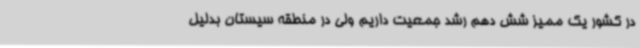
در کشور یک ممیز شش دهم رشد جمعیت داریم ولی در منطقه سیستان بدلیل